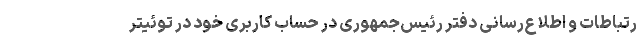
رتباطات و اطلاع‌رسانی دفتر رئیس‌جمهوری در حساب کاربری خود در توئیتر